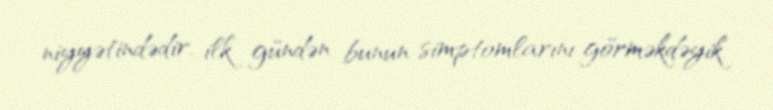
niyyətindədir, ilk gündən bunun simptomlarını görməkdəyik.